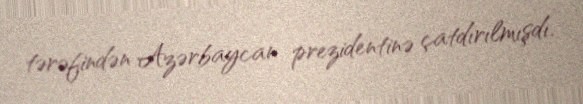
tərəfindən Azərbaycan prezidentinə çatdırılmışdı.